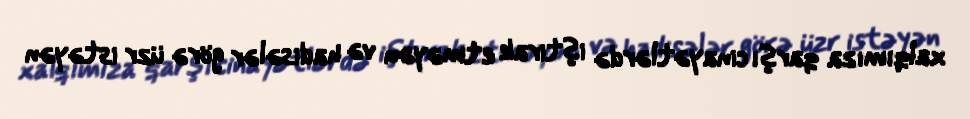
xalqımıza qarşı cinayətlərdə iştirak etməyən və hadisələr görə üzr istəyən